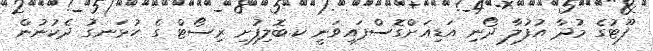
ފޫޓުގެ މުދާ އުފުލާ ދޯނި އަޑިއަށްގޮސްފައިވަނީ ކ.ބޮލިފުށި ރިސޯޓް ގެ ހުޅަނގު ދެކުނުން